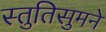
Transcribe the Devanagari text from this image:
स्तुतिसुमने